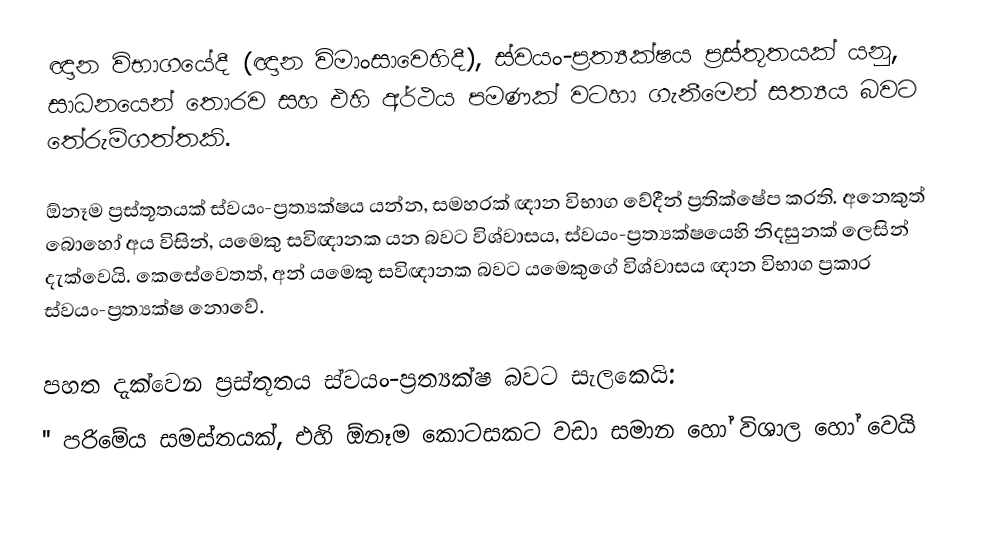
ඥාන විභාගයේදී (ඥාන විමාංසාවෙහිදී), ස්වයං-ප්‍රත්‍යක්ෂය ප්‍රස්තූතයක් යනු,  සාධනයෙන් තොරව සහ එහි අර්ථය පමණක් වටහා ගැනීමෙන් සත්‍යය බවට තේරුම්ගත්තකි.

ඕනෑම ප්‍රස්තූතයක් ස්වයං-ප්‍රත්‍යක්ෂය යන්න, සමහරක් ඥාන විභාග වේදීන් ප්‍රතික්ෂේප කරති. අනෙකුත් බොහෝ අය විසින්, යමෙකු සවිඥානක යන බවට විශ්වාසය,   ස්වයං-ප්‍රත්‍යක්ෂයෙහි නිදසුනක් ලෙසින් දැක්වෙයි. කෙසේවෙතත්, අන් යමෙකු සවිඥානක බවට යමෙකුගේ විශ්වාසය  ඥාන විභාග ප්‍රකාර ස්වයං-ප්‍රත්‍යක්ෂ නොවේ.

පහත දැක්වෙන ප්‍රස්තූතය  ස්වයං-ප්‍රත්‍යක්ෂ බවට සැලකෙයි:
 '' පරිමේය සමස්තයක්, එහි ඕනෑම කොටසකට වඩා සමාන හෝ විශාල හෝ වෙයි